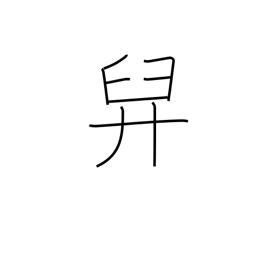
Meaning: bear